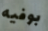
بوفيه